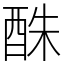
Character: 䣷